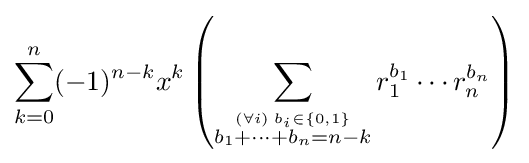
\sum _{k=0}^{n}(-1)^{n-k}x^{k}\left(\sum _{\stackrel {(\forall i)\;b_{i}\in \{0,1\}}{b_{1}+\cdots +b_{n}=n-k}}r_{1}^{b_{1}}\cdots r_{n}^{b_{n}}\right)